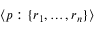
\langle p : \{ r _ { 1 } , \ldots , r _ { n } \} \rangle